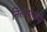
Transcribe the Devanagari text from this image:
निलमोरांची